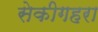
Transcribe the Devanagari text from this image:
सेकीगहरा